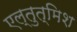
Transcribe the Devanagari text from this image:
एल्तुत्मिश